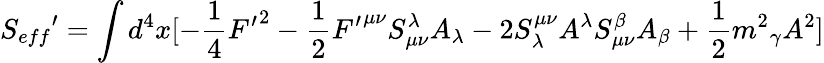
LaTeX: {S_{eff}}^{\prime}=\int{d^{4}x[-\frac{1}{4}{F^{\prime}}^{2}-\frac{1}{2}{F^{\prime}}^{{\mu}{\nu}}S_{{\mu}{\nu}}^{\lambda}A_{\lambda}-2S_{\lambda}^{{\mu}{\nu}}A^{\lambda}S_{{\mu}{\nu}}^{\beta}A_{\beta}+\frac{1}{2}{m^{2}}_{\gamma}A^{2}]}